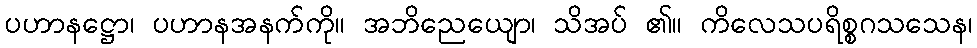
ပဟာနဋ္ဌော၊ ပဟာနအနက်ကို။ အဘိညေယျော၊ သိအပ် ၏။ ကိလေသပရိစ္စဂသသေန၊